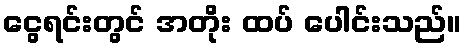
ငွေရင်းတွင် အတိုး ထပ် ပေါင်းသည်။